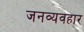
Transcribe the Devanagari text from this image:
जनव्यवहार